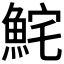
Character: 𩶱